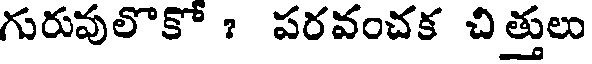
గురువులొకో ? పరవంచక చిత్తులు